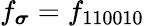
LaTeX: f_{\boldsymbol{\sigma}}=f_{110010}